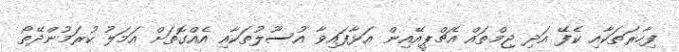
ފިހާރަތަކާއި ކެފޭ އަދި ޖިމްތައް އެޗްޕީއޭއިން އަޅާފައިވާ އުސޫލުތަކާއި އެއްގޮތަށް އަމަލު ކުރަމުންދޭތޯ